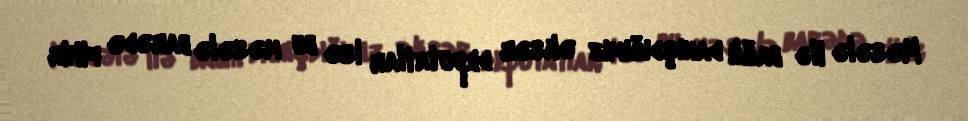
Məsələ ilə bağlı danışdığımız əksər deputatlar isə bu məsələ barədə fikir